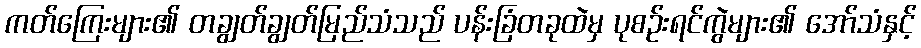
ကတ်ကြေးများ၏ တချွတ်ချွတ်မြည်သံသည် ပန်းခြံတခုထဲမှ ပုစဉ်းရင်ကွဲများ၏ အော်သံနှင့်